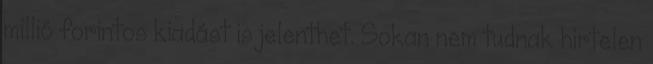
millió forintos kiadást is jelenthet. Sokan nem tudnak hirtelen